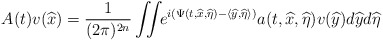
\begin{align*} A(t)v(\widehat x)=\frac{1}{(2\pi)^{2n}}\iint\!\! e^{i(\Psi(t,\widehat x,\widehat\eta)-\langle\widehat y,\widehat \eta\rangle)}a(t,\widehat x,\widehat\eta)v(\widehat y)d\widehat yd\widehat\eta\end{align*}